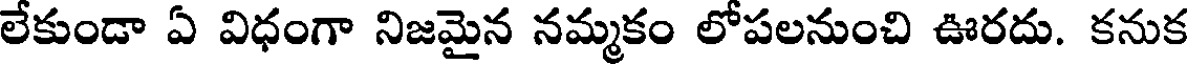
లేకుండా ఏ విధంగా నిజమైన నమ్మకం లోపలనుంచి ఊరదు. కనుక